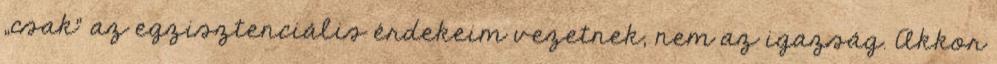
„csak” az egzisztenciális érdekeim vezetnek, nem az igazság. Akkor